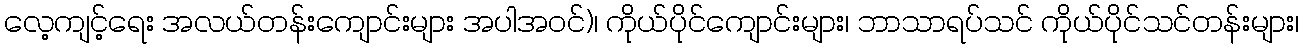
လေ့ကျင့်ရေး အလယ်တန်းကျောင်းများ အပါအဝင်)၊ ကိုယ်ပိုင်ကျောင်းများ၊ ဘာသာရပ်သင် ကိုယ်ပိုင်သင်တန်းများ၊